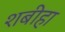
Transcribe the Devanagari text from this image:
शबीहा